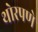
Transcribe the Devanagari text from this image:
थोरपणे